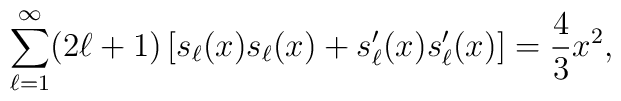
\sum_{\ell=1}^{\infty} (2\ell+1)\left[ s_\ell(x) s_\ell(x) + s_\ell'(x) s_\ell'(x) \right] ={4\over3} x^2,